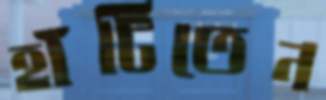
হাঁটিতেন